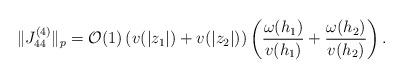
LaTeX: \begin{align*}\Vert J_{44}^{\left( 4\right) }\Vert _{p}=\mathcal{O}(1)\left(v(|z_{1}|)+v(|z_{2}|)\right) \left( \frac{\omega (h_{1})}{v(h_{1})}+\frac{\omega (h_{2})}{v(h_{2})}\right) . \end{align*}